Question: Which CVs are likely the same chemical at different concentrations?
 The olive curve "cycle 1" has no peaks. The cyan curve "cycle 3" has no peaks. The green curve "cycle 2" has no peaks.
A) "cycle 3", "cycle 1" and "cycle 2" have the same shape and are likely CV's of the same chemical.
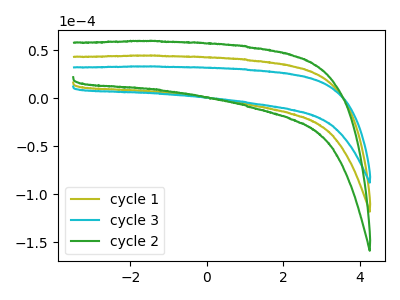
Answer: <think>Neither "cycle 1" or "cycle 3" have any peaks. Neither "cycle 1" or "cycle 2" have any peaks. Neither "cycle 3" or "cycle 2" have any peaks.
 </think>
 <answer>A) "cycle 3", "cycle 1" and "cycle 2" have the same shape and are likely CV's of the same chemical.</answer>
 <eval>A</eval>